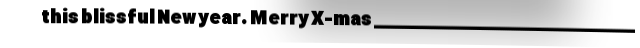
this blissful New year. Merry X-mas _____________________________